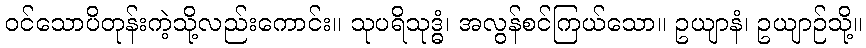
ဝင်သောပိတုန်းကဲ့သို့လည်းကောင်း။ သုပရိသုဒ္ဓံ၊ အလွန်စင်ကြယ်သော။ ဥယျာနံ၊ ဥယျာဉ်သို့။